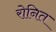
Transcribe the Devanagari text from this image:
रोनित